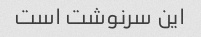
این سرنوشت است